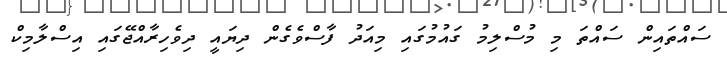
ސައްތައިން ސައްތަ މި މުސްލިމު ގައުމުގައި މިއަދު ފާސްވެގެން ދިޔައީ ދިވެހިިރާއްޖޭގައި އިސްލާމިކް